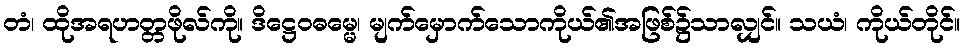
တံ၊ ထိုအရဟတ္တဖိုလ်ကို။ ဒိဋ္ဌေဝဓမ္မေ၊ မျက်မှောက်သောကိုယ်၏အဖြစ်၌သာလျှင်။ သယံ၊ ကိုယ်တိုင်။